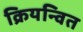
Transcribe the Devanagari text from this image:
क्रियन्वित